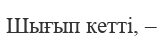
Шығып кеттi, –